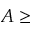
A \ge